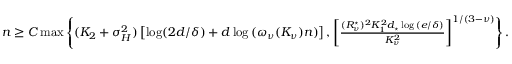
\begin{array} { r } { n \ge C \operatorname* { m a x } \left\{ ( K _ { 2 } + \sigma _ { H } ^ { 2 } ) \left[ \log ( 2 d / \delta ) + d \log { ( \omega _ { \nu } ( K _ { \nu } ) n ) } \right] , \left[ \frac { ( R _ { \nu } ^ { \star } ) ^ { 2 } K _ { 1 } ^ { 2 } d _ { \star } \log { ( e / \delta ) } } { K _ { \nu } ^ { 2 } } \right] ^ { 1 / ( 3 - \nu ) } \right\} . } \end{array}